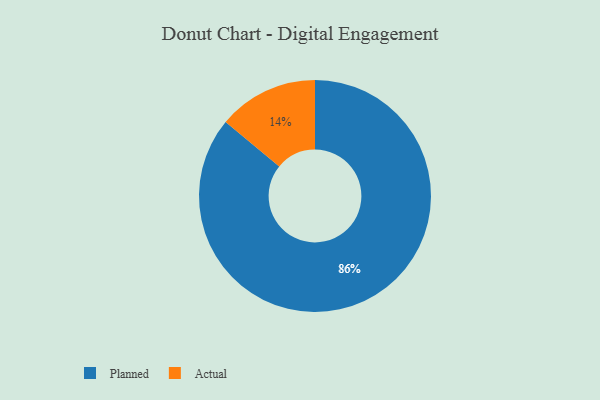
{"axis": {"x": "Category", "y": "Percentage"}, "legend": ["Actual", "Planned"], "data": [{"x": "Actual", "y": 14, "type": "Actual"}, {"x": "Planned", "y": 86, "type": "Planned"}]}